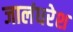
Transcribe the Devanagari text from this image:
जालंधरेश